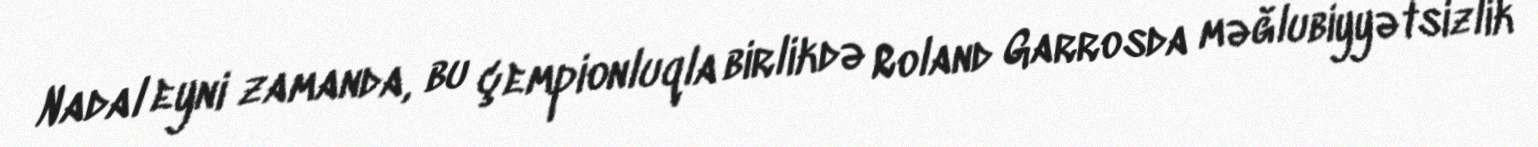
Nadal eyni zamanda, bu çempionluqla birlikdə Roland Garrosda məğlubiyyətsizlik